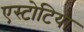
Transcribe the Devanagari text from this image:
एस्टोटिया